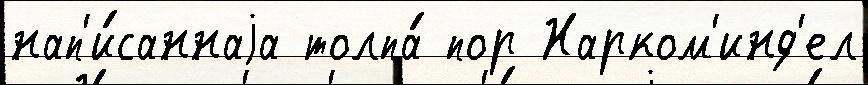
нап'и́саннаjа толпа́ пор Нарком'инд'ел